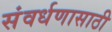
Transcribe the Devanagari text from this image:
संवर्धणासाठी